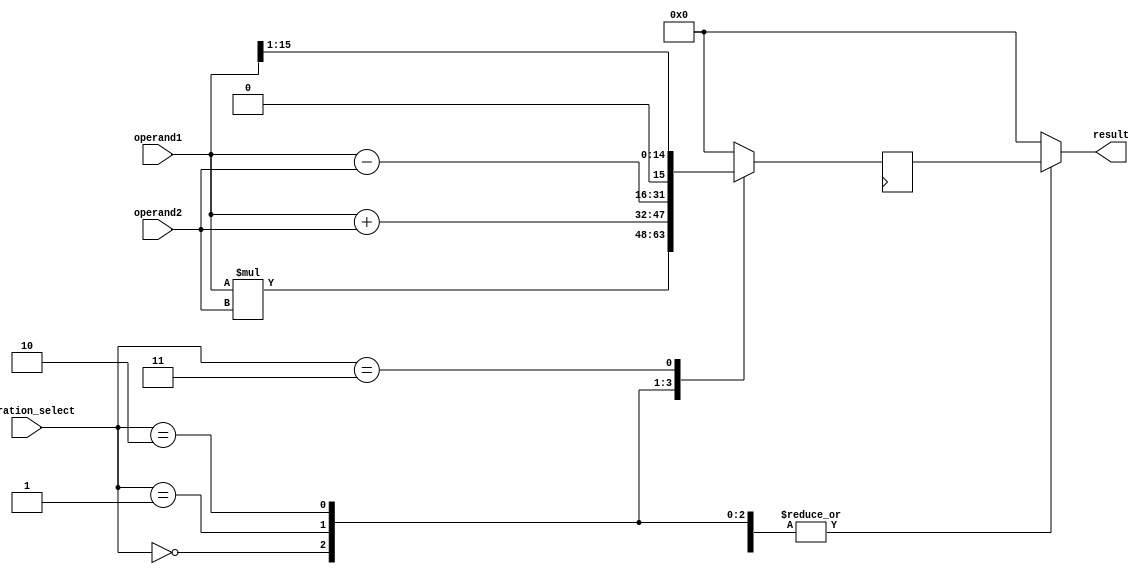
module half_precision_floating_point_unit (
    input wire [15:0] operand1,
    input wire [15:0] operand2,
    input wire [2:0] operation_select,
    output reg [15:0] result
    );

    reg [15:0] temp_result;
    
    // Multiplier
    always @ (posedge clk) begin
        case(operation_select)
            3'b000: temp_result <= operand1 * operand2; // Multiplication
            3'b001: temp_result <= operand1 + operand2; // Addition
            3'b010: temp_result <= operand1 - operand2; // Subtraction
            3'b011: temp_result <= operand1 >> 1; // Shifting to right by 1 bit
            default: temp_result <= 16'b0; // Default case
        endcase
    end
    
    // Rounding and normalization
    always @ (*) begin
        case(operation_select)
            3'b000: begin // Multiplication
                // Rounding mechanism
                // Normalization mechanism
                result = temp_result;
            end
            
            3'b001: begin // Addition
                // Rounding mechanism
                // Normalization mechanism
                result = temp_result;
            end
            
            3'b010: begin // Subtraction
                // Rounding mechanism
                // Normalization mechanism
                result = temp_result;
            end
            
            3'b011: begin // Shifting
                // No rounding needed, only normalization
                result = temp_result;
            end
            
            default: result = 16'b0; // Default case
        endcase
    end

endmodule